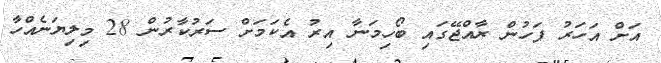
އަށް އަހަރު ފަހުން ރާއްޖޭގައި ބޯހިމަނާ އިރު އެކަމަށް ސަރުކާރުން 28 މިލިޔަނެއްހާ